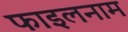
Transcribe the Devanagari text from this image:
फाइलनाम